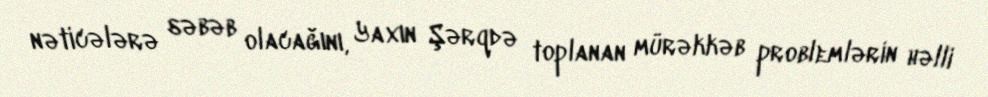
nəticələrə səbəb olacağını, Yaxın Şərqdə toplanan mürəkkəb problemlərin həlli